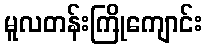
မူလတန်းကြိုကျောင်း